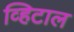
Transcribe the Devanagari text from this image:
व्हिटाल